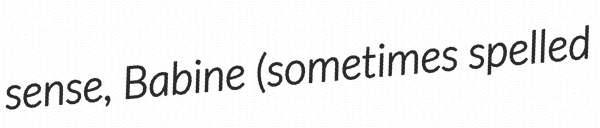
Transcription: sense, Babine (sometimes spelled